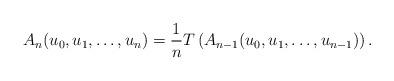
LaTeX: \begin{align*}A_n(u_0,u_1,\ldots,u_n)=\frac{1}{n}T\left(A_{n-1}(u_0,u_1,\ldots,u_{n-1})\right).\end{align*}